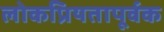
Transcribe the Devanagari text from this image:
लोकप्रियतापूर्वक